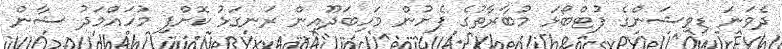
ދެވަނަ ޑިވިޝަންގެ ފުޓްބޯޅަ މުބާރާތުގެ ފެށުން މަހިބަދޫއިން ރަނގަޅު ކޮށްފި މުހައްމަދު ޝާން